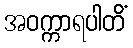
အဝက္ကာရပါတိံ